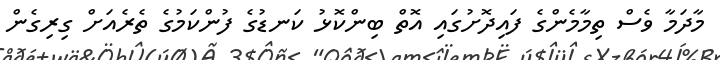
މާދަމާ ވެސް ތިމާމެންގެ ފައިދޮށުގައި އޮތް ބިންކޮޅު ކަނޑުގެ ފުންކަމުގެ ތެރެއަށް ގިރިގެން